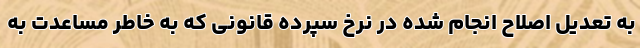
به تعدیل اصلاح انجام شده در نرخ سپرده قانونی که به خاطر مساعدت به